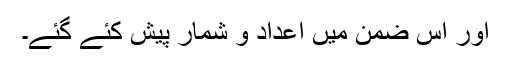
اور اس ضمن میں اعداد و شمار پیش کئے گئے۔